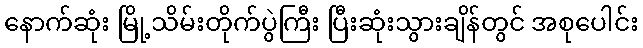
နောက်ဆုံး မြို့သိမ်းတိုက်ပွဲကြီး ပြီးဆုံးသွားချိန်တွင် အစုပေါင်း